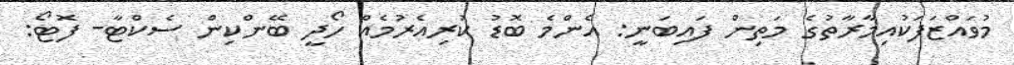
މުވައްޒަފަކުއިމާރާތުގެ މަތިން ފައިބަނީ: އެންމެ ބޮޑު ކުރިއެރުމެއް ހޯދީ ބޭންކިން ސެކްޓާ- ފޮޓޯ: